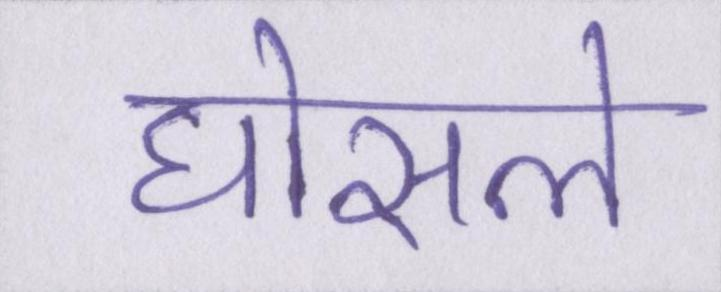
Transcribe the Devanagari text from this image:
घोसले